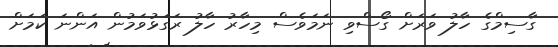
ގާސިމްގެ ހާލު ވަރަށް ގޯސްވި ނަމަވެސް މިހާރު ހާލު ރަގަޅުވަމުން އަންނަ ކަމަށް